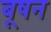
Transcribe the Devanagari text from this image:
बूषन